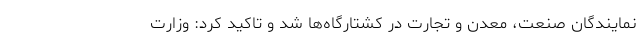
نمایندگان صنعت، معدن و تجارت در کشتارگاه‌ها شد و تاکید کرد: وزارت